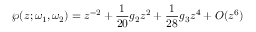
\wp ( z ; \omega _ { 1 } , \omega _ { 2 } ) = z ^ { - 2 } + { \frac { 1 } { 2 0 } } g _ { 2 } z ^ { 2 } + { \frac { 1 } { 2 8 } } g _ { 3 } z ^ { 4 } + O ( z ^ { 6 } )